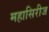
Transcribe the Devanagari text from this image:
महासिरीज